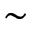
\sim